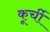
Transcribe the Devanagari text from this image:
कूर्ची